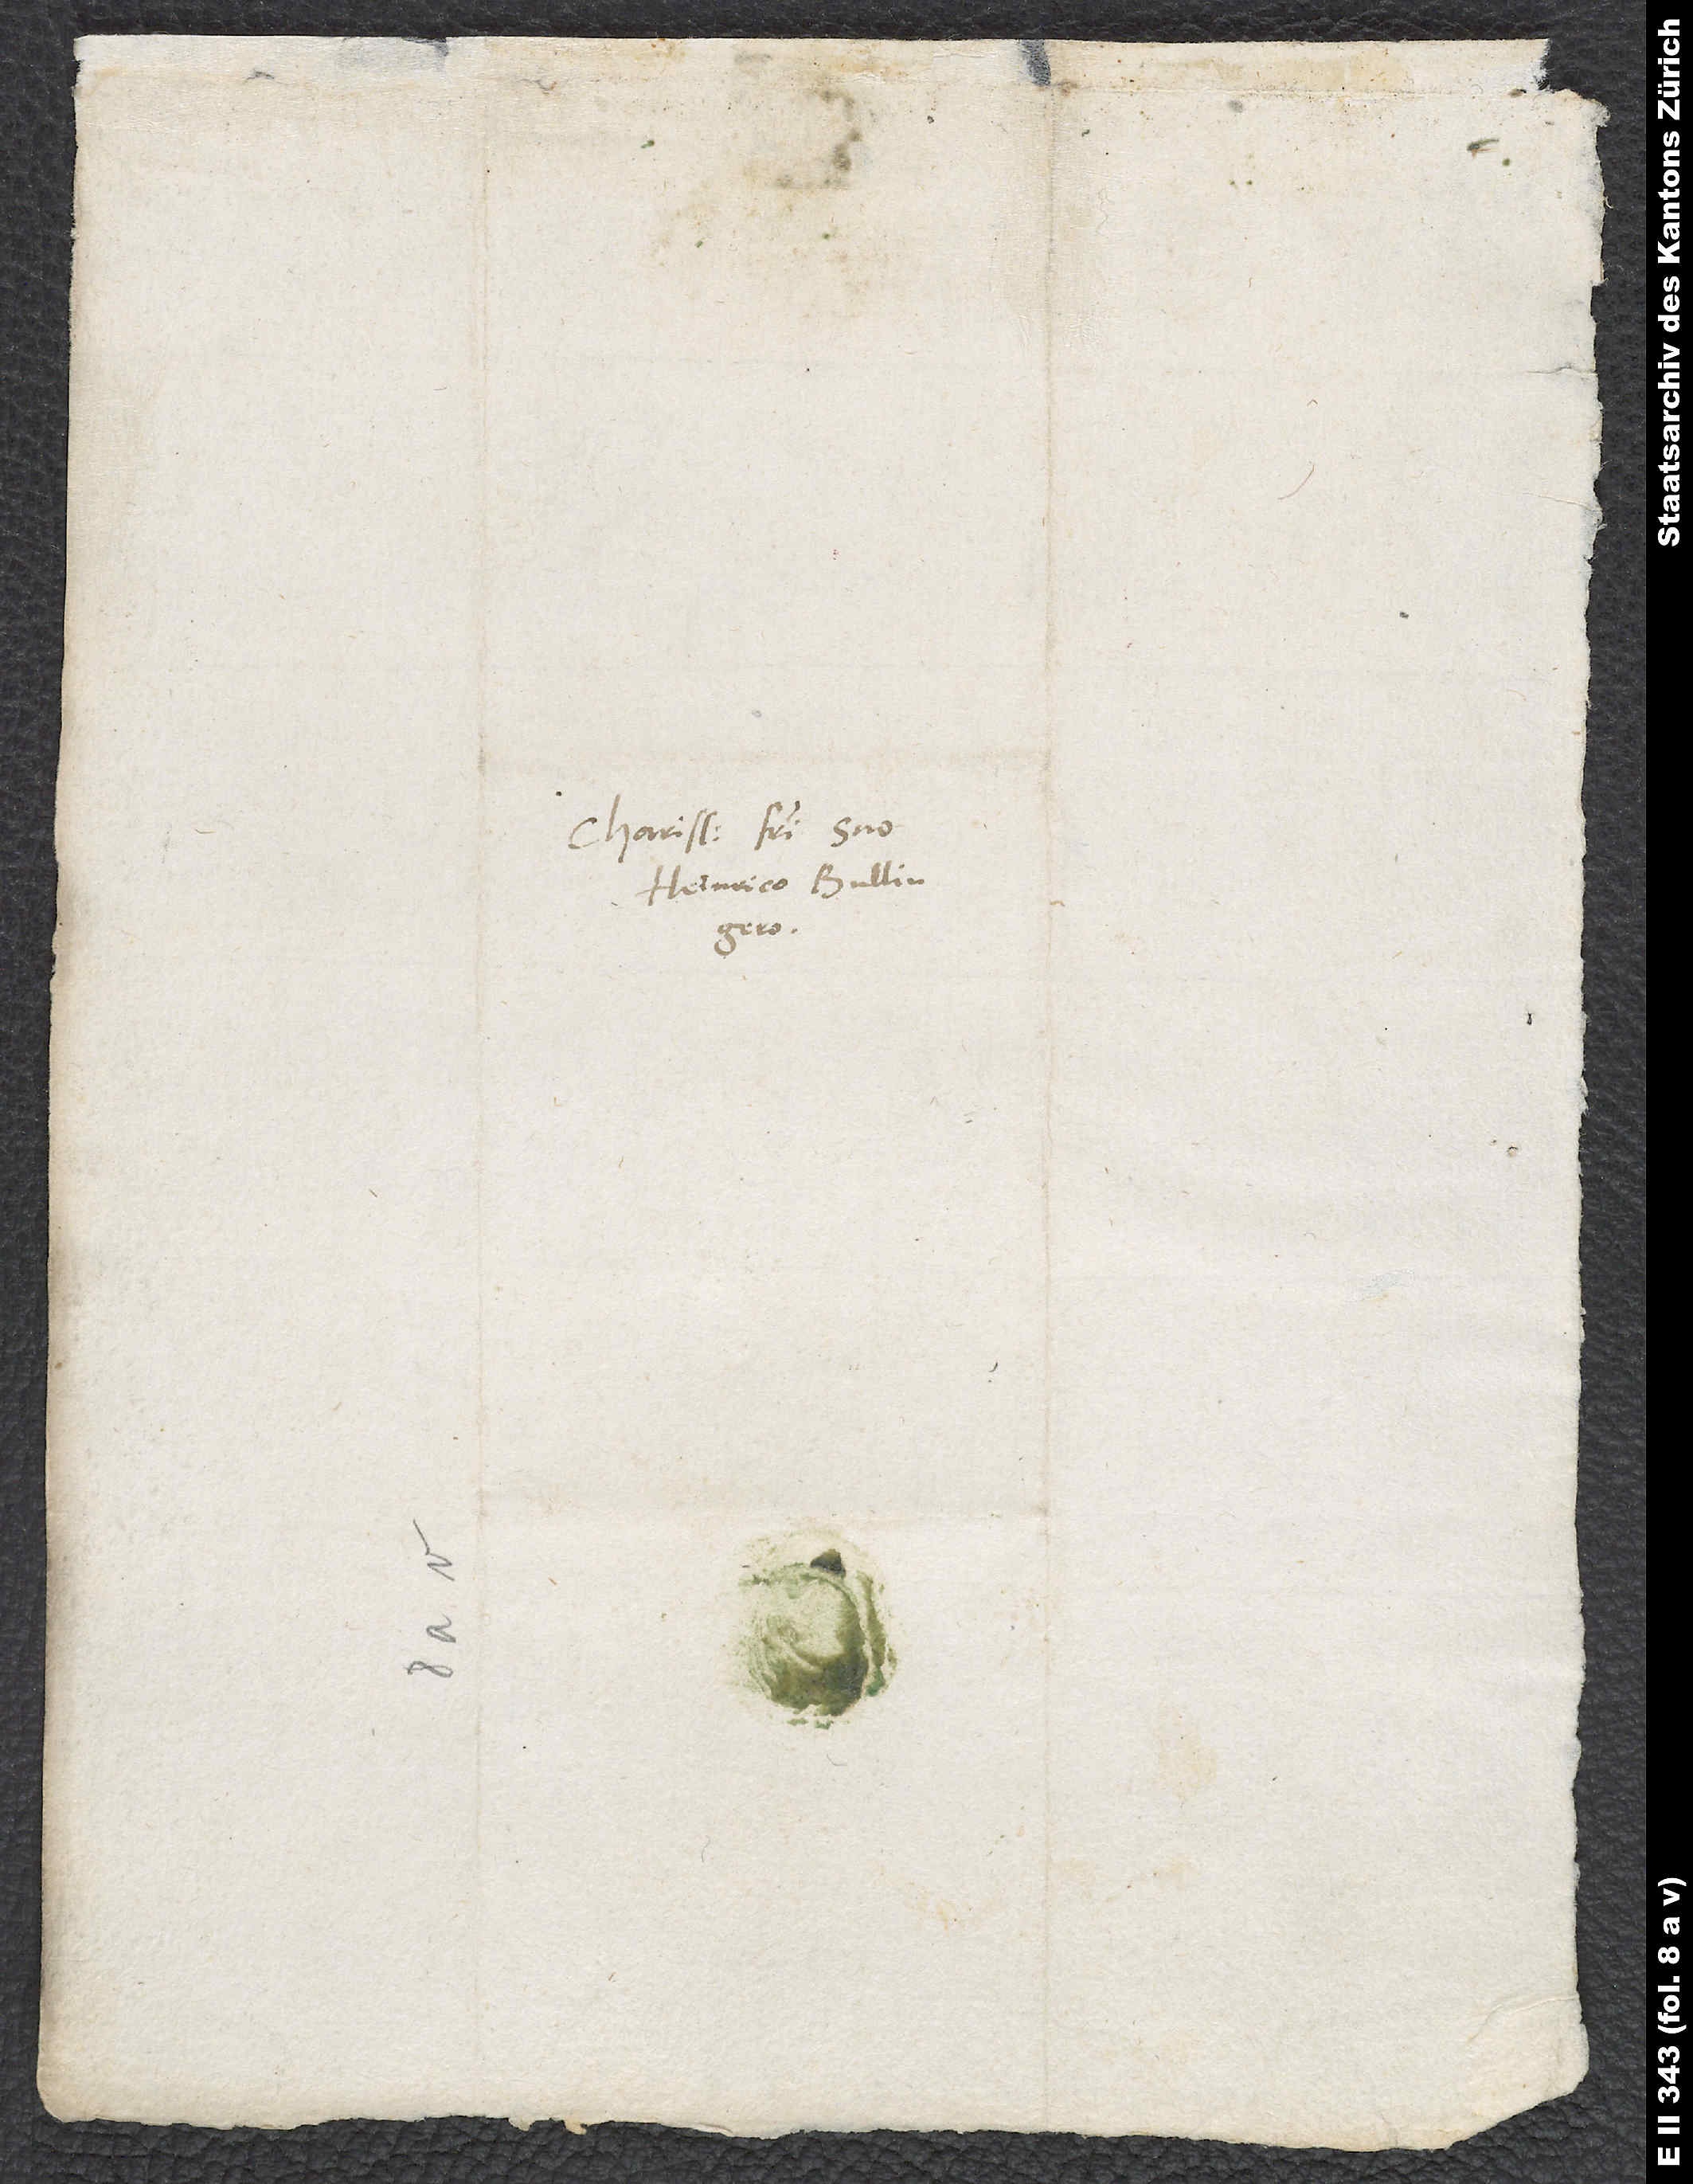
Charissimo fratri suo
Heinrico Bullingero.